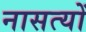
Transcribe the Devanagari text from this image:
नासत्यों